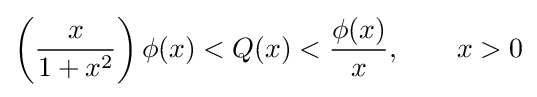
\left({\frac {x}{1+x^{2}}}\right)\phi (x)<Q(x)<{\frac {\phi (x)}{x}},\qquad x>0